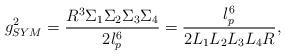
LaTeX: \begin{align*}g_{SYM}^2 = \frac {R^3 \Sigma_1 \Sigma_2 \Sigma_3 \Sigma_4}{2l_p^6} = \frac {l_p^6}{2 L_1 L_2 L_3 L_4 R},\end{align*}